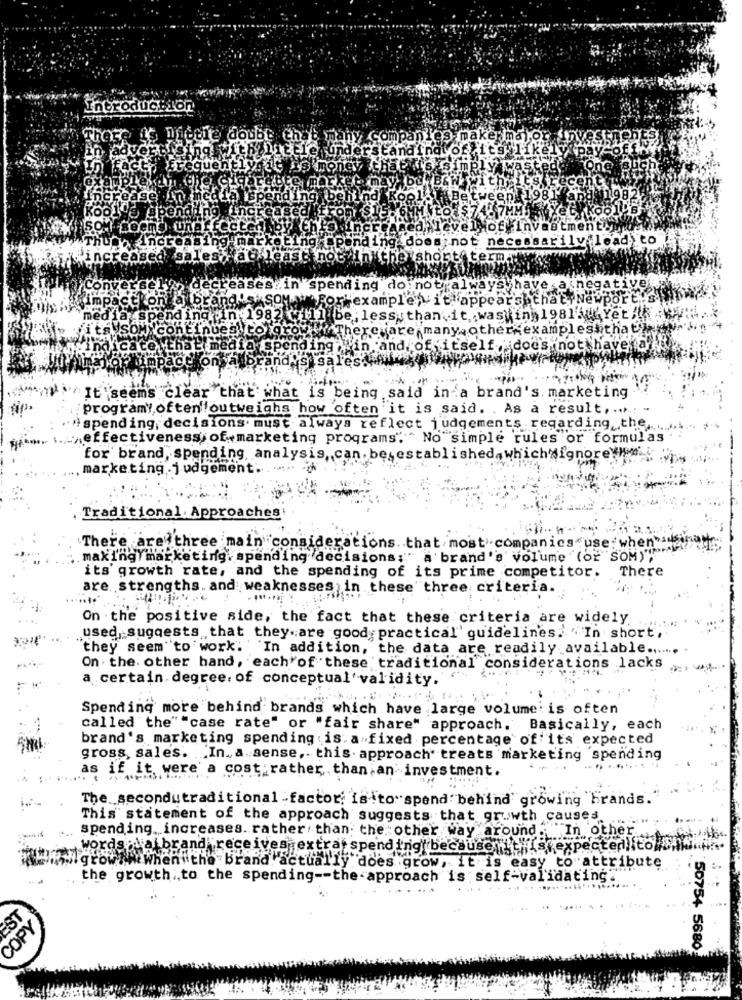
Introduction
There is little doub
cer ma),or
cto frequently.it
'mone
One SE
Between
1198
1.982
spend;
vel of investment
end
does not necessarily
pad) to
creas
no
ases in spending do not always have a nega
Ton
SOM
W'For example,vit: appear's .that Newport
nding
In 1982 will be less than.it wasting, 19815 Yet / W
continues to.
ercuiare many other-examples that
e that media spending
in and of itself,does not have a'
pac
ssal
Kon
It'seems clear that what is being said in a brand's. marketing
programy,often !! outweighs how often it is said. As a result ,..
ispending, decisions. must always reflect judgements . regarding the ....
effectiveness of marketing programs". No simple rules or formulas
for brand, spending, analysis, can. be established,whichsignore e.
marketing.judgement ..
Traditional. Approaches
There are three main considerations. that most companies use: when
making marketing. spending decisions:" a brand's volume (or SOM);
There
its' growth rate, and the spending of its prime competitor.
are strengths. and weaknesses in these three criteria
On the positive side, the fact that these criteria are widely.
used, suggests that they are good practical' guidelines. In short,
they seem to work: In addition, the data are readily available .......
On . the. other hand, each of these traditional considerations lacks
a certain, degree: of conceptual'validity.
Spending more behind brands which have large volume: is often
called the" "case rate" or "fair share" approach. Basically, each
brand's marketing spending is a fixed percentage of its expected
gross, sales. ... In. a sense, this approach" treats marketing 'spending
as if it were a cost rather than an investment.
The secondutraditional -factor: isito"spend behind growing brands.
This statement of the approach suggests that growth causes
spending. increases. rather than; the other way around""In other
words :\a brand receives extras spend ing' because '"
elistiskexpectedlito s ...
growth When the brand actually does grow, it is easy to attribute
the growth to the spending -- the approach is self-validating"
EST
COPY
50754 5680